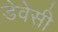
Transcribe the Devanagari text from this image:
डेवेसी